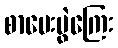
စာမေးပွဲကြေး